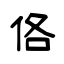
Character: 佫